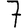
Digit: 7